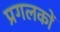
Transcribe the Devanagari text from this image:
प्रगलकों